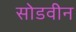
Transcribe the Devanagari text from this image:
सोडवीन